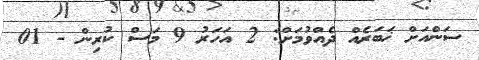
ސަންއަށް ޚަބަރެއް ދެއްވުމަށް: 2 އަހަރު 9 މަސް ކުރިން - 01